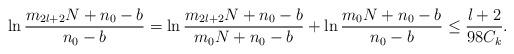
LaTeX: \begin{align*}\ln\frac{m_{2l+2}N+n_0-b}{n_0-b}=\ln\frac{m_{2l+2}N+n_0-b}{m_0N+n_0-b}+\ln\frac{m_{0}N+n_0-b}{n_0-b}\leq {\frac{l+2}{98C_k}}.\end{align*}